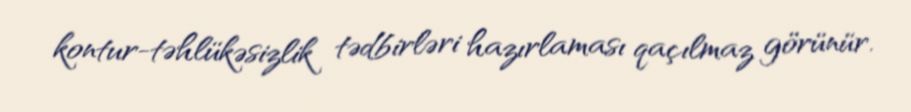
kontur-təhlükəsizlik tədbirləri hazırlaması qaçılmaz görünür.